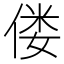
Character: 偻